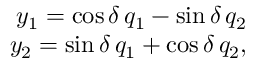
\begin{array} { r } { y _ { 1 } = \cos \delta \, q _ { 1 } - \sin \delta \, q _ { 2 } } \\ { y _ { 2 } = \sin \delta \, q _ { 1 } + \cos \delta \, q _ { 2 } , } \end{array}